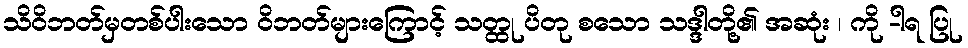
သိဝိဘတ်မှတစ်ပါးသော ဝိဘတ်များကြောင့် သတ္ထု ပိတု စသော သဒ္ဒါတို့၏ အဆုံး ၊ ကို -ါရ ပြု